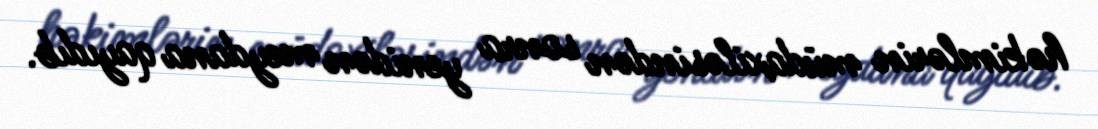
həkimlərin müdaxiləsindən sonra yenidən meydana qayıdıb.